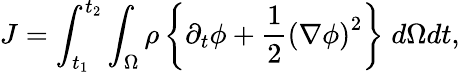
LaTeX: J=\int_{t_{1}}^{t_{2}}\int_{\Omega}\rho\left\{ \partial_{t}\phi+\frac{1}{2}\left(\nabla\phi\right)^{2}\right\} \; d\Omega dt,